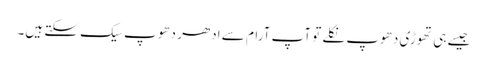
جیسے ہی تھوڑی دھوپ نکلے تو آپ آرام سے ادھر دھوپ سیک سکتے ہیں۔